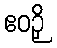
ဧဝဉှိ